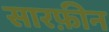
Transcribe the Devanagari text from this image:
सारफ़ीन